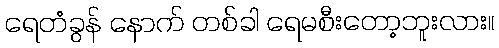
ရေတံခွန် နောက် တစ်ခါ ရေမစီးတော့ဘူးလား။